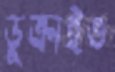
ডুক্‌রাইও